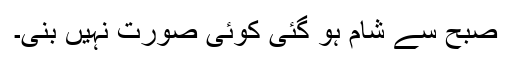
صبح سے شام ہو گئی کوئی صورت نہیں بنی۔